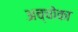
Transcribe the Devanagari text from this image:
अच्चोका